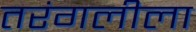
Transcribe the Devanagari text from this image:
तरंगलीला